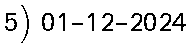
5) 01-12-2024